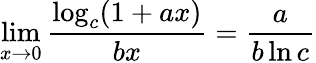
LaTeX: \operatorname*{lim}_{x\to 0}{\frac{\log_{c}(1+ax)}{bx}}={\frac{a}{b\ln c}}